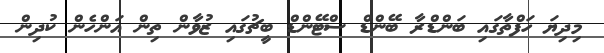
މިދިޔަ ހަފްތާގައި ބަންޑްރާ ބޭންޑް ސްޓޭންޑް ބީޗުގައި ޒުވާން ތިން އަންހެން ކުދިން